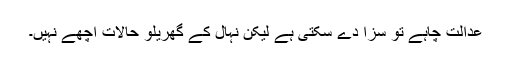
عدالت چاہے تو سزا دے سکتی ہے لیکن نہال کے گھریلو حالات اچھے نہیں۔